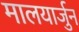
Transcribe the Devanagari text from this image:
मालयार्जुन